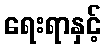
ရေးရာနှင့်